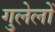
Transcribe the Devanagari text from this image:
गुलेलों